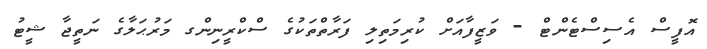
އޮފީސް އެސިސްޓެންޓް - ވަޒީފާއަށް ކުރިމަތިލި ފަރާތްތަކުގެ ސްކްރީނިންގ މަރުޙަލާގެ ނަތީޖާ ޝީޓު